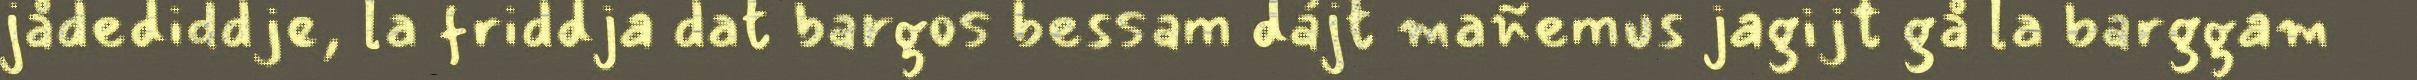
jådediddje, la friddja dat bargos bessam dájt mañemus jagijt gå la barggam